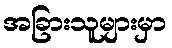
အခြားသူများမှာ